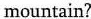
mountain?